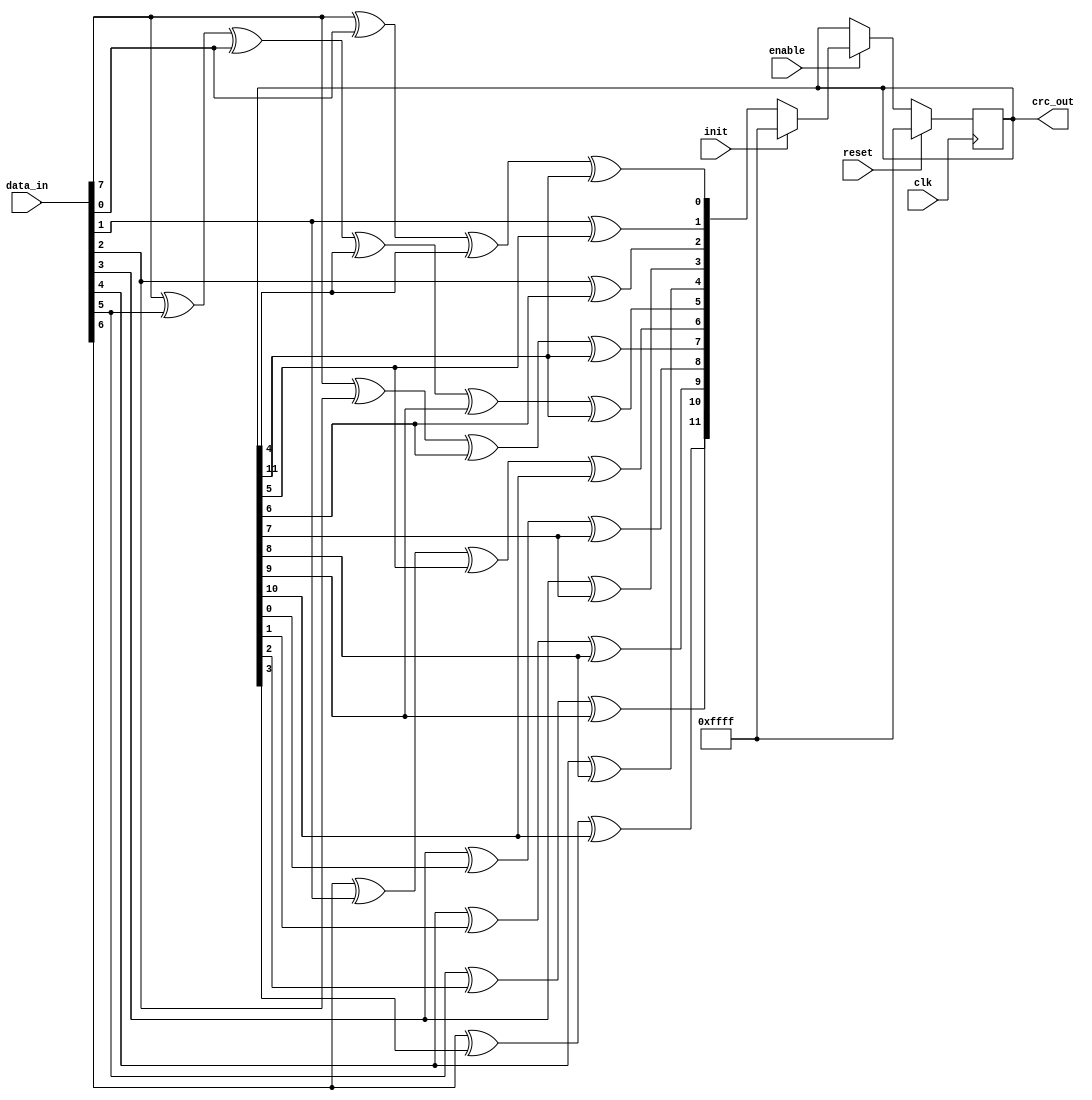
module parallel_crc_ccitt (
clk     ,
reset   ,
enable  ,
init    , 
data_in , 
crc_out
);
//-----------Input Ports---------------
input clk     ;
input reset   ;
input enable  ;
input init    ;
input [7:0] data_in ;
//-----------Output Ports---------------
output [15:0] crc_out;
//------------Internal Variables--------
reg [15:0]   crc_reg;
wire [15:0]  next_crc;
//-------------Code Start-----------------
assign crc_out = crc_reg;
// CRC Control logic
always @ (posedge clk)
if (reset) begin
  crc_reg <= 16'hFFFF;
end else if (enable) begin
  if (init) begin
     crc_reg <= 16'hFFFF;
  end else begin
     crc_reg <= next_crc;
  end
end
// Parallel CRC calculation
assign next_crc[0] = data_in[7] ^ data_in[0] ^ crc_reg[4] ^ crc_reg[11];
assign next_crc[1] = data_in[1] ^ crc_reg[5];
assign next_crc[2] = data_in[2] ^ crc_reg[6];
assign next_crc[3] = data_in[3] ^ crc_reg[7];
assign next_crc[4] = data_in[4] ^ crc_reg[8];
assign next_crc[5] = data_in[7] ^ data_in[5] ^ data_in[0] ^ crc_reg[4] ^ crc_reg[9] ^ crc_reg[11];
assign next_crc[6] = data_in[6] ^ data_in[1] ^ crc_reg[5] ^ crc_reg[10];
assign next_crc[7] = data_in[7] ^ data_in[2] ^ crc_reg[6] ^ crc_reg[11];
assign next_crc[8] = data_in[3] ^ crc_reg[0] ^ crc_reg[7];
assign next_crc[9] = data_in[4] ^ crc_reg[1] ^ crc_reg[8];
assign next_crc[10] = data_in[5] ^ crc_reg[2] ^ crc_reg[9];
assign next_crc[11] = data_in[6] ^ crc_reg[3] ^ crc_reg[10];

endmodule